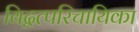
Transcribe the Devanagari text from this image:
विद्वत्परिचायिका